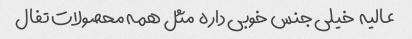
عالیه  خیلی جنس خوبی داره  مثل همه محصولات تفال